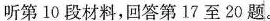
听第10段材料，回答第17至20题。